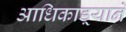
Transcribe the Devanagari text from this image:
आधिकाड़्याने